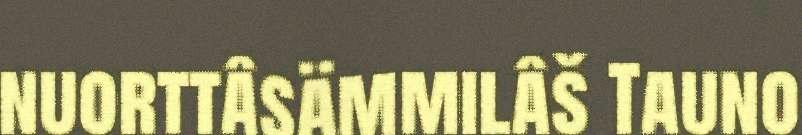
nuorttâsämmilâš Tauno